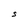
Character: S